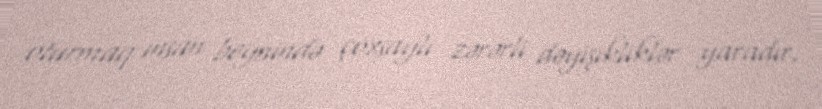
oturmaq insan beynində çoxsaylı zərərli dəyişikliklər yaradır.